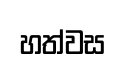
හත්වස